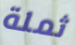
ثملة